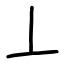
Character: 丄